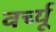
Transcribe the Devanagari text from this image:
वर्च्यू